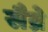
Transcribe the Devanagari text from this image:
सैव्रे